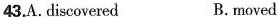
43.A.discovered B.moved